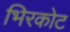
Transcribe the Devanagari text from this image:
भिरकोट